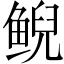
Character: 鲵